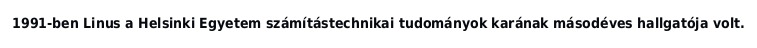
1991-ben Linus a Helsinki Egyetem számítástechnikai tudományok karának másodéves hallgatója volt.